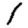
Digit: 1